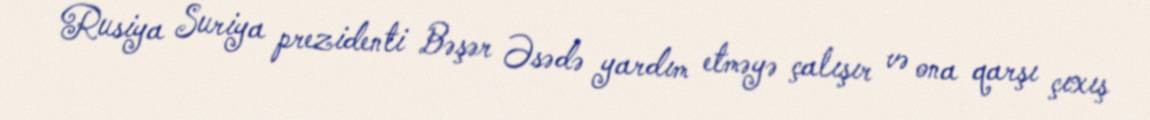
Rusiya Suriya prezidenti Bəşər Əsədə yardım etməyə çalışır və ona qarşı çıxış